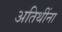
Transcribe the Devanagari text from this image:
अतिथींना